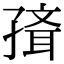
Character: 𡦍